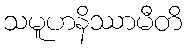
သမူဟနိဿာမီတိ